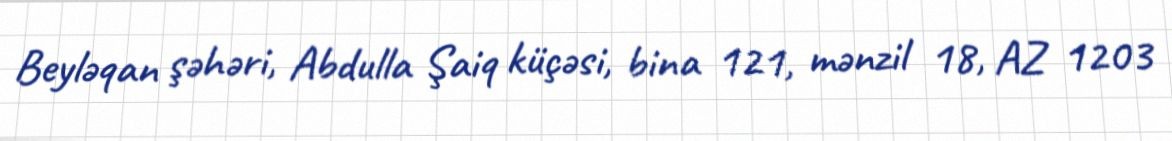
Beyləqan şəhəri, Abdulla Şaiq küçəsi, bina 121, mənzil 18, AZ 1203